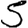
Digit: 5